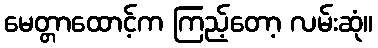
မေတ္တာထောင့်က ကြည့်တော့ လမ်းဆုံ။